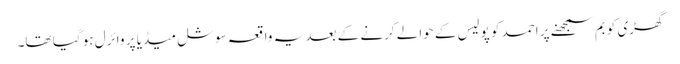
گھڑی کو بم سمجھنے پر احمد کو پولیس کے حوالے کرنے کے بعد یہ واقعہ سوشل میڈیا پر وائرل ہو گیا تھا۔